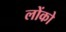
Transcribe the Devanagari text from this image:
लोंको